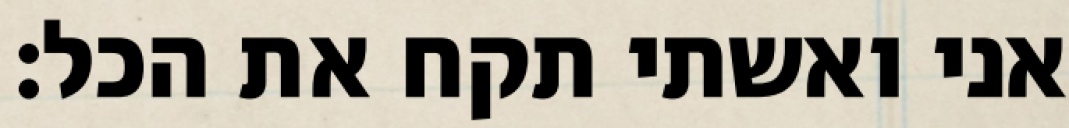
אני ואשתי תקח את הכל: